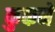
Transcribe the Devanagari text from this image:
कुकने